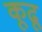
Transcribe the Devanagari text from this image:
कूढू